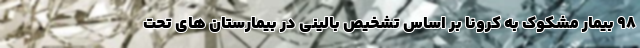
۹۸ بیمار مشکوک به کرونا بر اساس تشخیص بالینی در بیمارستان های تحت